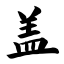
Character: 盖